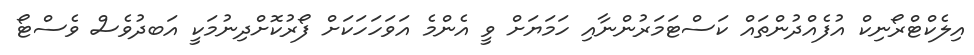
އިލެކްޓްރޯނިކް އުފެއްދުންތައް ކަސްޓަމަރުންނާއި ހަމަޔަށް ވީ އެންމެ އަވަހަހަކަށް ފޯރުކޮށްދިނުމަކީ އަބދުވެސް ވެސްޓޯ